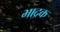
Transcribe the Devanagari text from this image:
भाद्रक